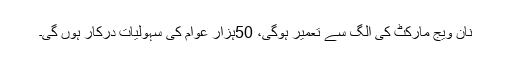
نان ویج مارکٹ کی الگ سے تعمیر ہوگی، 50ہزار عوام کی سہولیات درکار ہوں گی۔